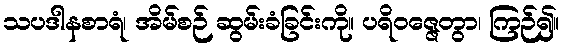
သပဒါနစာရံ၊ အိမ်စဉ် ဆွမ်းခံခြင်းကို။ ပရိဝဇ္ဇေတွာ၊ ကြဉ်၍။